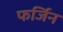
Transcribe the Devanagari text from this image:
फर्जिन